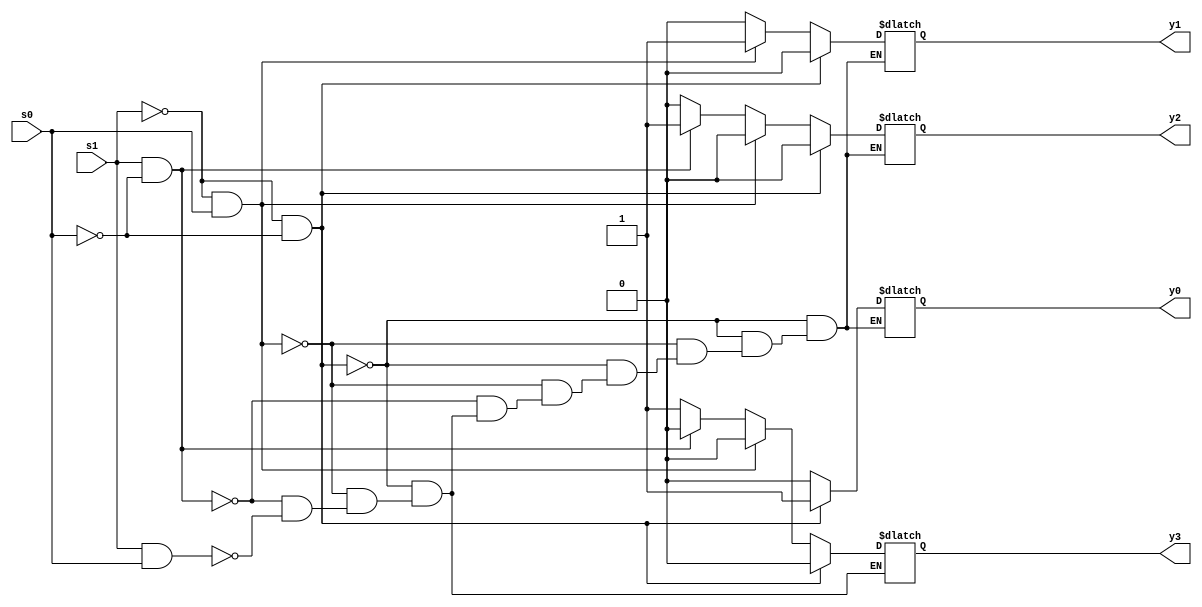
module m0(input s1,s0, output reg y3,y2,y1,y0);
// compilado con iverilog de linux
always @(*) begin
        if(!s1 && !s0) begin
                y3<=0; y2=0; y1=0; y0=1;
        end
        else if(!s1 && s0) begin
                y3<=0; y2=0; y1=1; y0=0;
        end
        else if (s1 && !s0) begin
                y3<=0; y2=1; y1=0; y0=0;
        end
        else if (s1 && s0) begin
                y3<=1; y2=0; y1=0; y0=0;
        end
end
endmodule

// testbench para la simulacion
module simulacionmotb;
reg z1, s0;
wire y3,y2,y1,y0;
m0 m0tb(z1,s0, y3,y2,y1,y0);
initial begin
        z1=0; s0=0;
        #50;
        z1=0; s0=1;
        #50;
        z1=1; s0=0;
        #50;
        z1=1; s0=1;
        #50;
end

initial begin
        $display("t\ts1\ts0\ty3\ty2\ty1\ty0");
        $monitor("%3d\t%b\t%b\t%b\t%b\t%b\t%b", $time, z1, s0, y3,y2,y1,y0);
end
endmodule